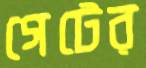
গেটের